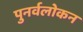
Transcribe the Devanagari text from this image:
पुनर्वलोकन